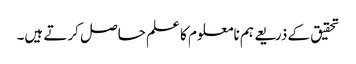
تحقیق کے ذریعے ہم نامعلوم کا علم حاصل کرتے ہیں۔